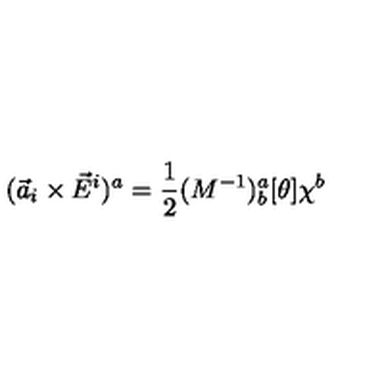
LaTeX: ( { \vec { a } } _ { i } \times { \vec { E } } ^ { i } ) ^ { a } = \frac { 1 } { 2 } ( M ^ { - 1 } ) _ { b } ^ { a } [ \theta ] \chi ^ { b }